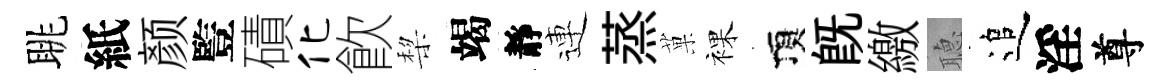
眺紙颜䜿磧化飮棃竭靜連蒸菓裸頂旣繳𦗟追淫尊